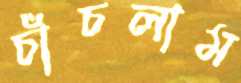
চাঁচলাম